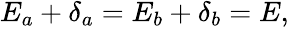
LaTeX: \begin{array}{r}{E_{a}+\delta_{a}=E_{b}+\delta_{b}=E,}\end{array}